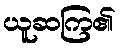
ယူဆကြ၏